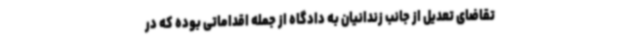
تقاضای تعدیل از جانب زندانیان به دادگاه از جمله اقداماتی بوده که در